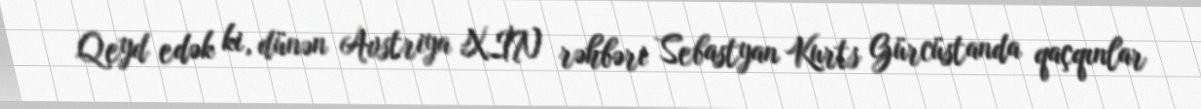
Qeyd edək ki, dünən Avstriya XİN rəhbəri Sebastyan Kurts Gürcüstanda qaçqınlar